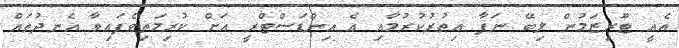
އެއީ ޓޫރިޒަމުން ލިބޭ ނަފާ އިތުރުކުރުމާއި އެ އިންޑަސްޓްރީ އަށް ކުރިމަތިވެފައިވާ އެނދުތައް